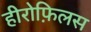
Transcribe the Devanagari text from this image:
हीरोफ़िलस